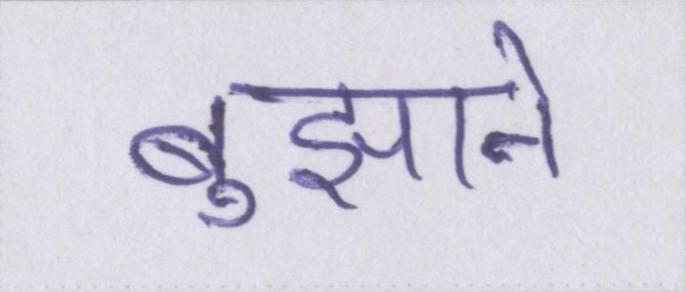
बुझाने